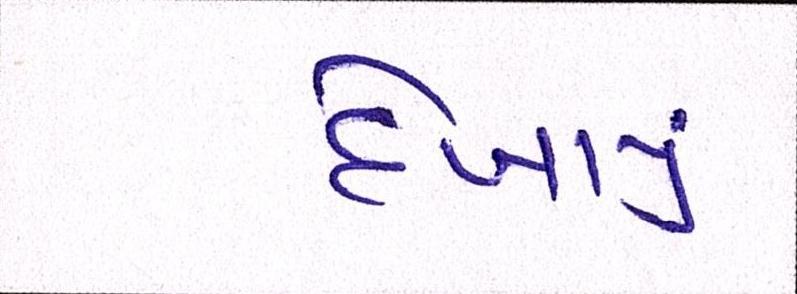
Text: દેખાયું